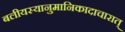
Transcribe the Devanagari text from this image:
बलीयस्यानुमानिकादाचारात्